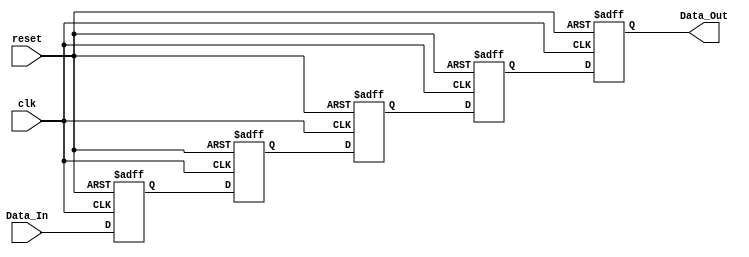
`timescale 1ns / 1ps


module 
 delay_5_1 #(parameter
	SIG_DATA_WIDTH = 1,
	delay_cycles = 5
	)(
	input clk,
	input reset,
	input [SIG_DATA_WIDTH-1:0] Data_In,
	output [SIG_DATA_WIDTH-1:0] Data_Out
	);
	

	reg	[SIG_DATA_WIDTH-1:0] FIFO  [delay_cycles-1:0] ;
	always @ (posedge clk or posedge reset)
    begin
        if(reset)
		begin
			FIFO[0] <= {SIG_DATA_WIDTH{1'b0}};
			FIFO[1] <= {SIG_DATA_WIDTH{1'b0}};
			FIFO[2] <= {SIG_DATA_WIDTH{1'b0}};
			FIFO[3] <= {SIG_DATA_WIDTH{1'b0}};
			FIFO[4] <= {SIG_DATA_WIDTH{1'b0}};
		end
		else
		begin
			FIFO[0] <= Data_In;
			FIFO[1] <= FIFO[0];
			FIFO[2] <= FIFO[1];
			FIFO[3] <= FIFO[2];
			FIFO[4] <= FIFO[3];
		end
	end

	assign    Data_Out = FIFO[4];
endmodule